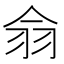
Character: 𦏾